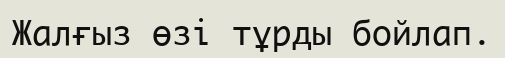
Жалғыз өзі тұрды бойлап.